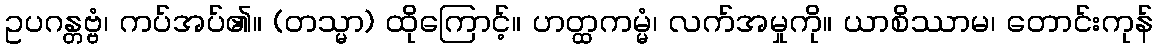
ဥပဂန္တဗ္ဗံ၊ ကပ်အပ်၏။ (တသ္မာ) ထိုကြောင့်။ ဟတ္ထကမ္မံ၊ လက်အမှုကို။ ယာစိဿာမ၊ တောင်းကုန်